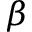
\beta